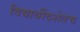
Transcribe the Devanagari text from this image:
विद्यार्थीदशेतच